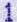
1